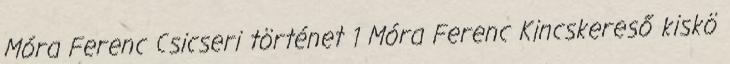
Móra Ferenc Csicseri történet 1 Móra Ferenc Kincskereső kiskö